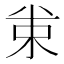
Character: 𠔗